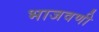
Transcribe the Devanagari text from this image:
भाजवणी